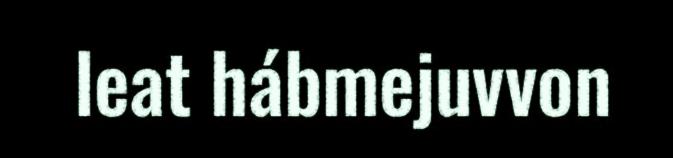
leat hábmejuvvon